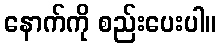
နောက်ကို စည်းပေးပါ။